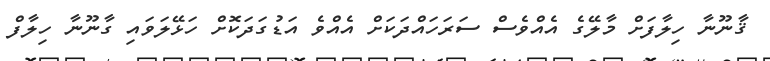
ޤާނޫނާ ހިލާފަށް މާލޭގެ އެއްވެސް ސަރަހައްދަކަށް އެއްވެ އަޑުގަދަކޮށް ހަޅޭލަވައި ގާނޫނާ ހިލާފް